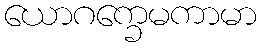
ယောဂက္ခေမကာမာ